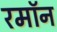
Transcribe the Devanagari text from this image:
रमॉन